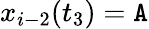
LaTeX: x_{i-2}(t_{3})=\mathtt{A}